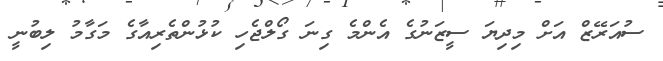
ސުއަރޭޒް އަށް މިދިޔަ ސީޒަނުގެ އެންމެ ގިނަ ގޯލްޖެހި ކުޅުންތެރިއާގެ މަގާމު ލިބުނީ